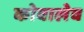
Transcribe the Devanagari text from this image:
कोवालेव